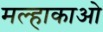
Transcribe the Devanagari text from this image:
मल्हाकाओ